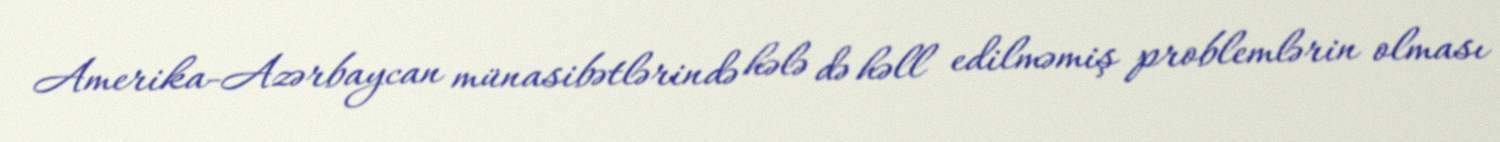
Amerika-Azərbaycan münasibətlərində hələ də həll edilməmiş problemlərin olması